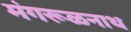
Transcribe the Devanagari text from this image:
मंगरूळनाथ